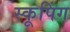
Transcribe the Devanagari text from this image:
स्कूपिंग